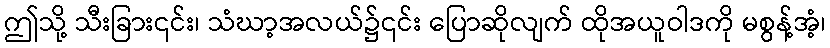
ဤသို့ သီးခြား၎င်း၊ သံဃာ့အလယ်၌၎င်း ပြောဆိုလျက် ထိုအယူဝါဒကို မစွန့်အံ့၊